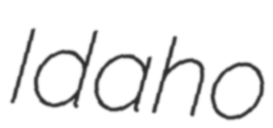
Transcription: Idaho